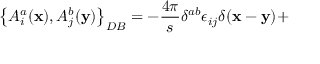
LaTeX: \left\{ A _ { i } ^ { a } ( { \bf x } ) , A _ { j } ^ { b } ( { \bf y } ) \right\} _ { D B } = - \frac { 4 \pi } { s } \delta ^ { a b } \epsilon _ { i j } \delta ( { \bf x } - { \bf y } ) +